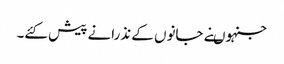
جنہوںنے جانوں کے نذرانے پیش کئے۔